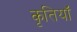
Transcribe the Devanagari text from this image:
कृतियॉं